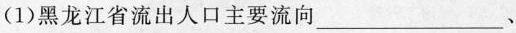
(1)黑龙江省流出人口主要流向___、